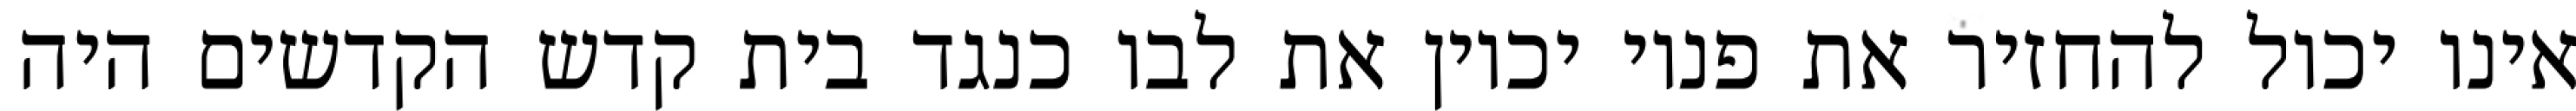
אינו יכול להחזיר את פניו יכוין את לבו כנגד בית קדש הקדשים היה